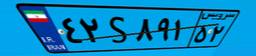
۴۸S۴۷۱۲۶